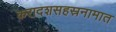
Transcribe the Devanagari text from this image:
करादशसहस्रनामात